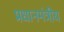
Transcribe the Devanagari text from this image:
प्रधानमंत्रीय